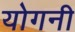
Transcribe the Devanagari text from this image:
योगनी